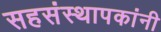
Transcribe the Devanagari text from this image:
सहसंस्थापकांनी